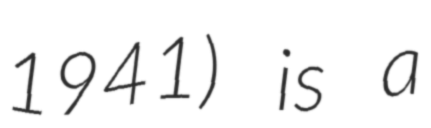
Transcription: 1941) is a